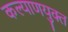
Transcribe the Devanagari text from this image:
कल्याणयुक्त